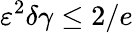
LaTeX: \varepsilon^{2}\delta\gamma\le 2/e